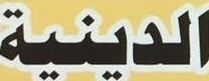
الدینیة